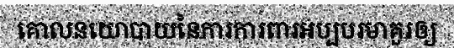
គោលនយោបាយនៃការការពារអប្បបរមាគួរឲ្យ